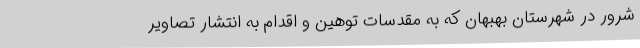
شرور در شهرستان بهبهان که به مقدسات توهین و اقدام به انتشار تصاویر